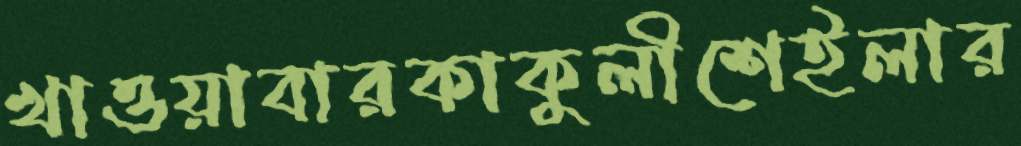
খাওয়াবারকাকুলীশেইলার